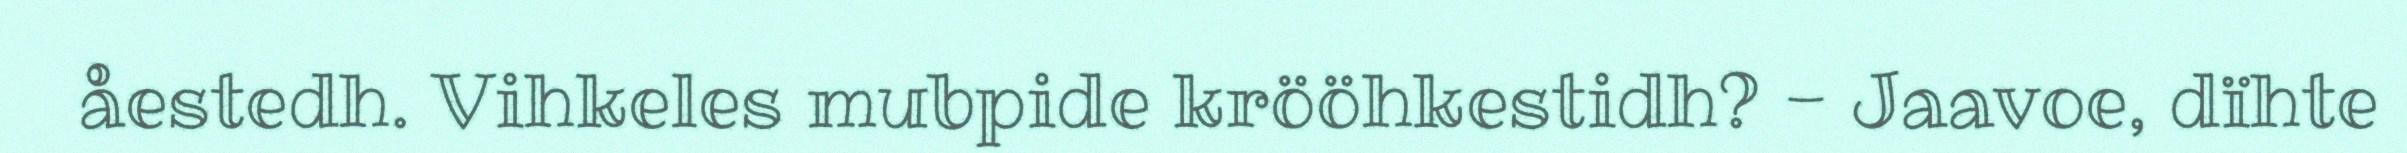
åestedh. Vihkeles mubpide krööhkestidh? - Jaavoe, dïhte